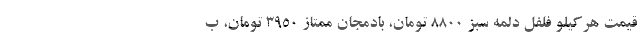
قیمت هرکیلو فلفل دلمه سبز ۸۸۰۰ تومان، بادمجان ممتاز ۳۹۵۰ تومان، ب